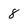
Character: 8